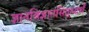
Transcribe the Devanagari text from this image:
ज्ञानविज्ञानसिद्ध्यर्थं